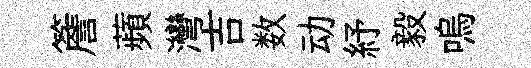
簷蘋灣吉数动紓毅嗚